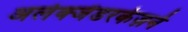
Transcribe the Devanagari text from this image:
अलेक्जेंडरकेज़र्न